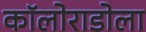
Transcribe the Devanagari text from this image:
कॉलोराडोला